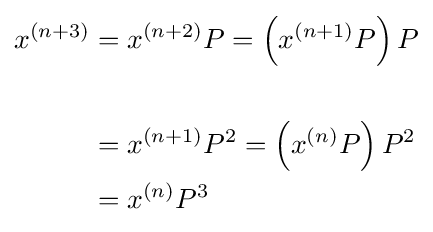
{\begin{aligned}x^{(n+3)}&=x^{(n+2)}P=\left(x^{(n+1)}P\right)P\\\\&=x^{(n+1)}P^{2}=\left(x^{(n)}P\right)P^{2}\\&=x^{(n)}P^{3}\\\end{aligned}}